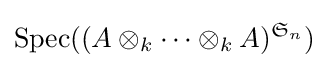
\operatorname {Spec} ((A\otimes _{k}\dots \otimes _{k}A)^{{\mathfrak {S}}_{n}})